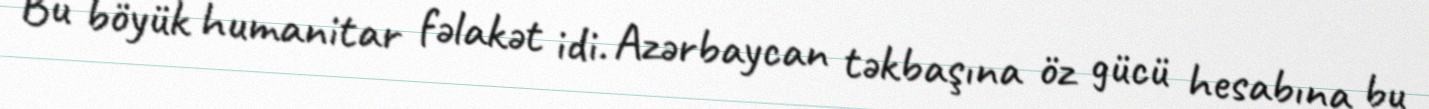
Bu böyük humanitar fəlakət idi. Azərbaycan təkbaşına öz gücü hesabına bu